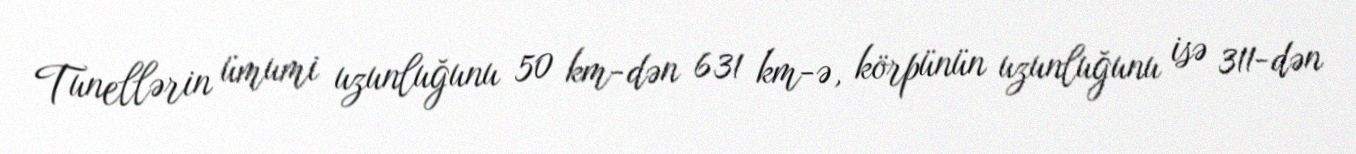
Tunellərin ümumi uzunluğunu 50 km-dən 631 km-ə, körpünün uzunluğunu isə 311-dən